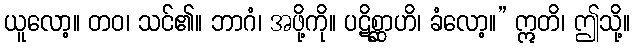
ယူလော့။ တဝ၊ သင်၏။ ဘာဂံ၊ အဖို့ကို။ ပဋိစ္ဆာဟိ၊ ခံလော့။” ဣတိ၊ ဤသို့။